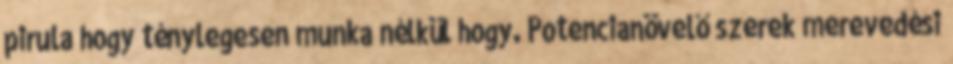
pirula hogy ténylegesen munka nélkül hogy. Potencianövelő szerek merevedési